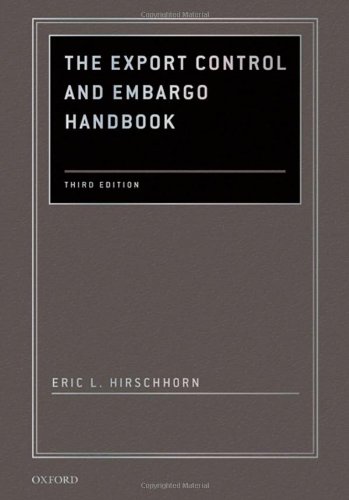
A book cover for The Export Control and Embargo Handbook; Eric L. Hirschhorn; Law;